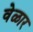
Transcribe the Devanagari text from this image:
वेळार